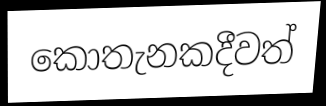
කොතැනකදීවත්